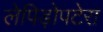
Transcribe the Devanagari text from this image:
लेपिड़ोपटेरा